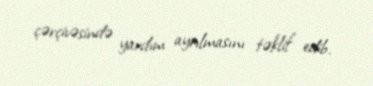
çərçivəsində yardım ayrılmasını təklif edib.